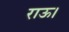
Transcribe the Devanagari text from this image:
राऊ।